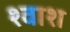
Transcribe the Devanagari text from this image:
श्वाश